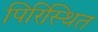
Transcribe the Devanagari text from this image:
पिरिस्थित